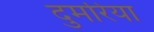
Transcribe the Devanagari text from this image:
दुमरिया